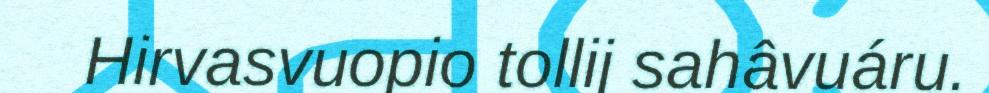
Hirvasvuopio tollij sahâvuáru.